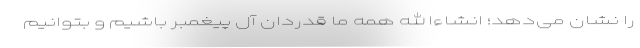
را نشان می‌دهد؛ انشاءالله همه ما قدردان آل پیغمبر باشیم و بتوانیم